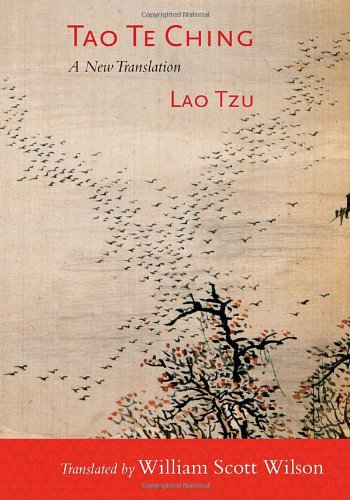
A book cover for Tao Te Ching: A New Translation; Lao Tzu; Religion & Spirituality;